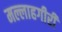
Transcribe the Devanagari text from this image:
मल्लाहगीरी